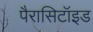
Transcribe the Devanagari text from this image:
पैरासिटॉइड